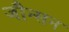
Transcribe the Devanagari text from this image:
जौन्सन